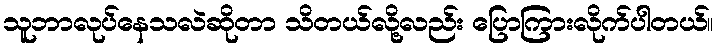
သူဘာလုပ်နေသလဲဆိုတာ သိတယ်လို့လည်း ပြောကြားလိုက်ပါတယ်။